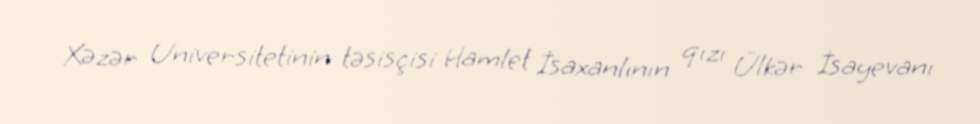
Xəzər Universitetinin təsisçisi Hamlet İsaxanlının qızı Ülkər İsayevanı